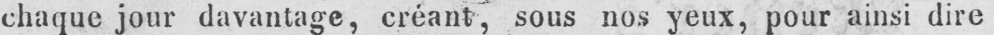
chaque jour davantage, créant, sous nos yeux, pour ainsi dire